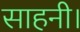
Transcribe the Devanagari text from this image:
साहनी।